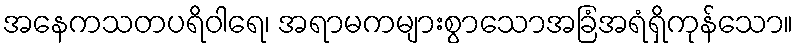
အနေကသတပရိဝါရေ၊ အရာမကများစွာသောအခြံအရံရှိကုန်သော။